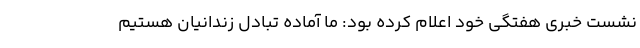
نشست خبری هفتگی خود اعلام کرده بود: ما آماده تبادل زندانیان هستیم